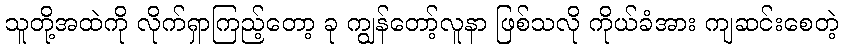
သူတို့အထဲကို လိုက်ရှာကြည့်တော့ ခု ကျွန်တော့်လူနာ ဖြစ်သလို ကိုယ်ခံအား ကျဆင်းစေတဲ့